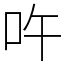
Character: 吘